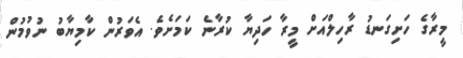
މީރާގެ ހަށިގަނޑު ރާހިލްއަށް މީރާ ހަދިޔާ ކުރާނެ ކަމަށެވެ. އެވަރުން ކާމިޔާބު ނުވުމުން